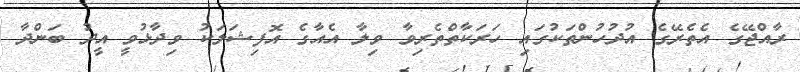
ރާއްޖޭގެ އެތެރޭގެ އުދުހުންތަކުގައި ހަރަކާތްްތެރިވާ ވިލާ އެއާގެ އޮފިޝަލަކު ވިދާޅުވީ އީދު ބަންދާ